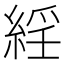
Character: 𦁍